Leaving Certificate Examination (including Day School Certificate (Higher) General paper), 1932
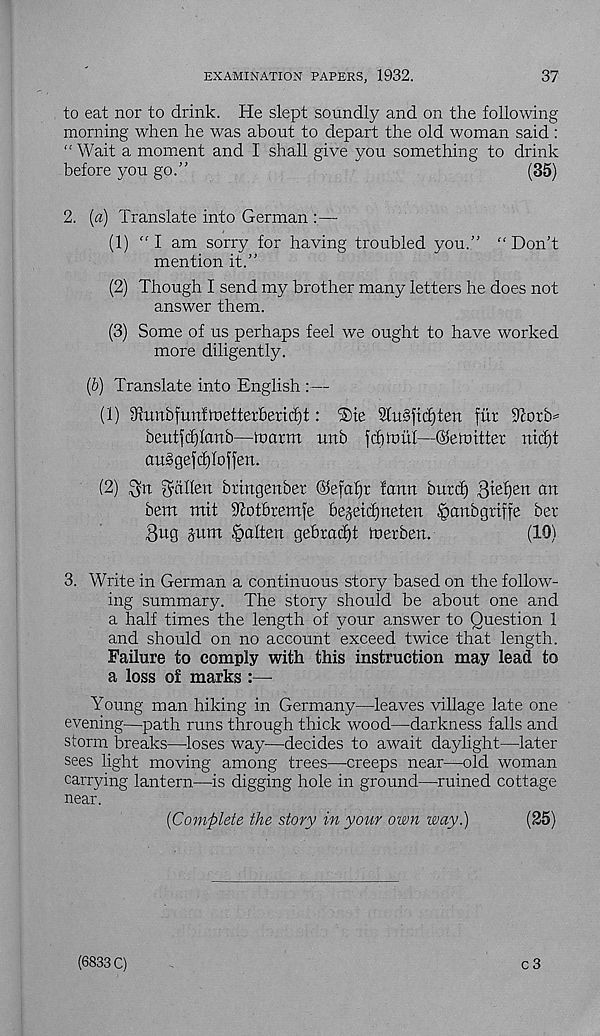
EXAMINATION PAPERS, 1932.
37
to eat nor to drink. He slept soundly and on the following
morning when he was about to depart the old woman said :
“ Wait a moment and I shall give you something to drink
before you go.”
(85)
2. {a) Translate into German :—
(1) “ I am sorry for having troubled you.” “ Don’t
mention it.”
(2) Though I send my brother many letters he does not
answer them.
(3) Some of us perhaps feel we ought to have worked
more diligently.
(6) Translate into English :—
(1) iftnubfunttoetterberid)!: iSte 91u§fic£)ten fur 9^orb^
beutfcf)lcmb—inarm unb fditnui—©emitter mcf)t
au§gefcf)loffen.
(2)
fallen bringenber ©efafjr farm burd) Biefjen an
bem mit iftotbremfe bejeidjneten §anbgriffe bel-
ong jum fatten gebradjt merben.
(10)
3. Write in German a continuous story based on the follow-
ing summary. The story should be about one and
a half times the length of your answer to Question 1
and should on no account exceed twice that length.
Failure to comply with this instruction may lead to
a loss of marks :—
Young man hiking in Germany—leaves village late one
evening—path runs through thick wood—darkness falls and
storm breaks—loses way—decides to await daylight—later
sees light moving among trees—creeps near—old woman
carrying lantern—is digging hole in ground—ruined cottage
near.
{Complete the story in your own way.)
(25)
(6833 C)
c3